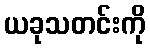
ယခုသတင်းကို